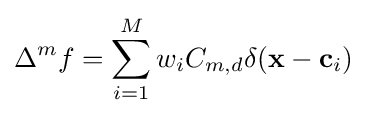
\Delta ^{m}f=\sum _{i=1}^{M}w_{i}C_{m,d}\delta (\mathbf {x} -\mathbf {c} _{i})